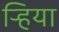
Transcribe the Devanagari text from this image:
ऱ्हिया